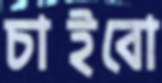
চাইবো